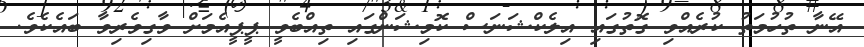
އޭނާ ތުހުމަތު ކުރެއްވި ގޮތުގައި އިލެކްޝަނަސް ކޮމިޝަންގައި ތިއްބެވީ ޕީޕީއެމަށް ވާގިވެރިވާ ބައެކެވެ.